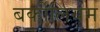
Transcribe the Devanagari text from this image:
बर्कीलियम